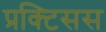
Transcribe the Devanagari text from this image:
प्रक्टिसस